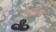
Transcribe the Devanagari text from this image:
ब्राउजरो